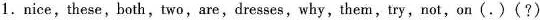
1.nice,these,both,two,are,dresses,why, them,try,not,on(.)(?)